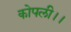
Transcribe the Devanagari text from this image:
कोपली।।